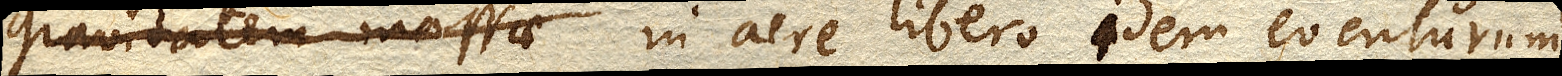
gravitatem massae in aere libero idem eventurum